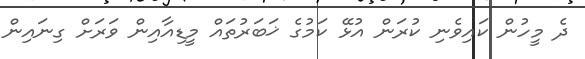
ދެ މީހުން ކައިވެނި ކުރަން އުޅޭ ކަމުގެ ޚަބަރުތައް މީޑިއާއިން ވަރަށް ގިނައިން